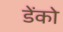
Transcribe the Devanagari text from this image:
डेंको